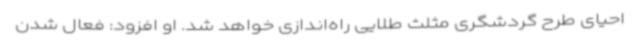
احیای طرح گردشگری مثلث طلایی راه‌اندازی خواهد شد. او افزود: فعال شدن